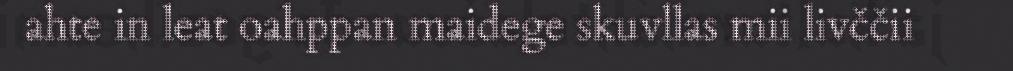
ahte in leat oahppan maidege skuvllas mii livččii